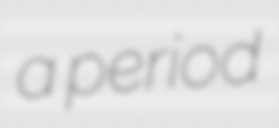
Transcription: a period